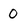
Character: 0